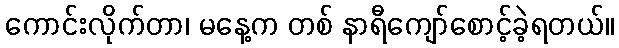
ကောင်းလိုက်တာ၊ မနေ့က တစ် နာရီကျော်စောင့်ခဲ့ရတယ်။